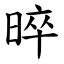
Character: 晬